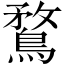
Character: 鶩